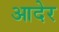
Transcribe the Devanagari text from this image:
आदेर